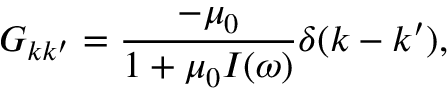
G _ { k k ^ { \prime } } = \frac { - \mu _ { 0 } } { 1 + \mu _ { 0 } I ( \omega ) } \delta ( k - k ^ { \prime } ) ,